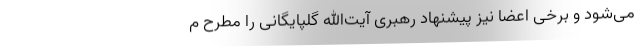
می‌شود و برخی اعضا نیز پیشنهاد رهبری آیت‌الله گلپایگانی را مطرح م